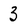
Character: 3